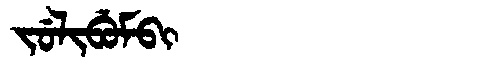
Manchu: ᠵᡠᠯᡳᠪᡠᠮᠪᡳ
Romanization: JULIBUMBI